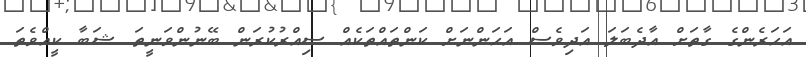
އަހަރެންގެ ގާތަށް އާދެބަލަ އަދިވެސް އަހަންނަށް ކަންތައްތަކެއް ސިއްރުކުރަން ބޭނުންވަނީތަ ޝަބާ ކީއްވެތަ